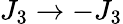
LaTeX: J_{3}\to-J_{3}